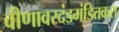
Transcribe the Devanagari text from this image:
वीणावरदंडमंडितकरा